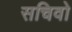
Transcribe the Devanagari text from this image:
सचिवो